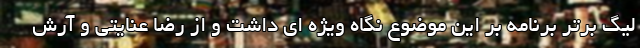
لیگ برتر برنامه بر این موضوع نگاه ویژه ای داشت و از رضا عنایتی و آرش